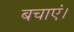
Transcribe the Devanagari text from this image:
बचाएं।